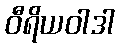
ဝီရိယဝါဒါ